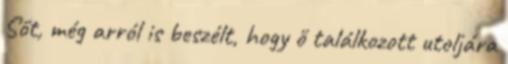
Sőt, még arról is beszélt, hogy ő találkozott utoljára